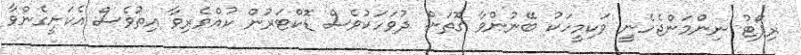
ރިޕޯޓު ނިންމަންޖެހެނީ ވަކިމީހަކު ބޭނުންވާ ގޮތަށް. ދުވަހަކުވެސް ޑޮކްޓަރުން ކުއްވެރިވާ އިތުވެސް އެކަށީގެންވާ